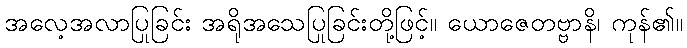
အလေ့အလာပြုခြင်း အရိုအသေပြုခြင်းတို့ဖြင့်။ ယောဇေတဗ္ဗာနိ၊ ကုန်၏။